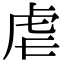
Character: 虐